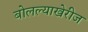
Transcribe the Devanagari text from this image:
बोलल्याखेरीज